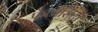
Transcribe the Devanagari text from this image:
फेलीसिटी